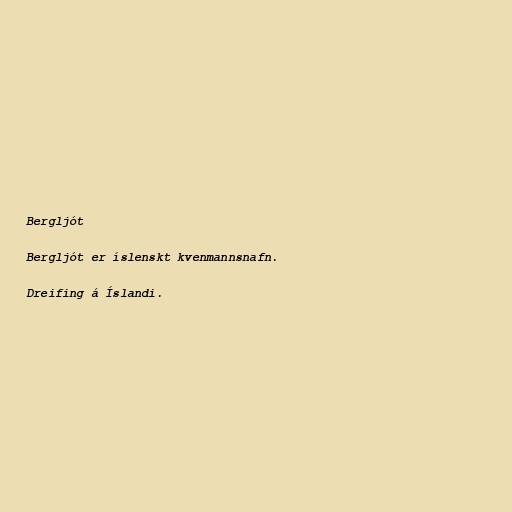
Bergljót

Bergljót er íslenskt kvenmannsnafn.

Dreifing á Íslandi.